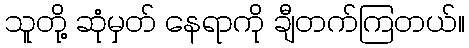
သူတို့ ဆုံမှတ် နေရာကို ချီတက်ကြတယ်။